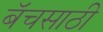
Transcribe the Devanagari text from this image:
बॅचसाठी